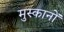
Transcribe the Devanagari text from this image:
मुस्कानों